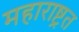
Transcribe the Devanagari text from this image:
महाराष्ट्रत